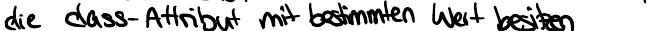
die class-Attribut mit bestimmten Wert besitzen